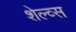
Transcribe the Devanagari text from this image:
शेल्व्स